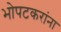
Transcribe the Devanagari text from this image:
भोपटकरांना